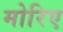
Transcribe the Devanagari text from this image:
मोरिए